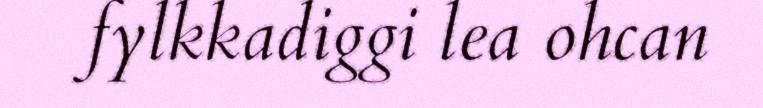
fylkkadiggi lea ohcan